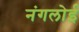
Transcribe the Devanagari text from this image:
नंगलोई